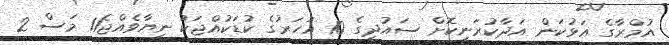
އުމްރާގެ އަޅުކަން އަދާކުރަނިކޮށް ސައުދީގެ 10 އަހަރުގެ ކުޑަކުއްޖަކު ނިޔާވެއްޖެ11 މަސް 2